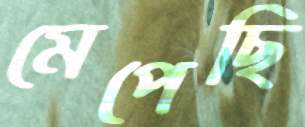
মেপেছি